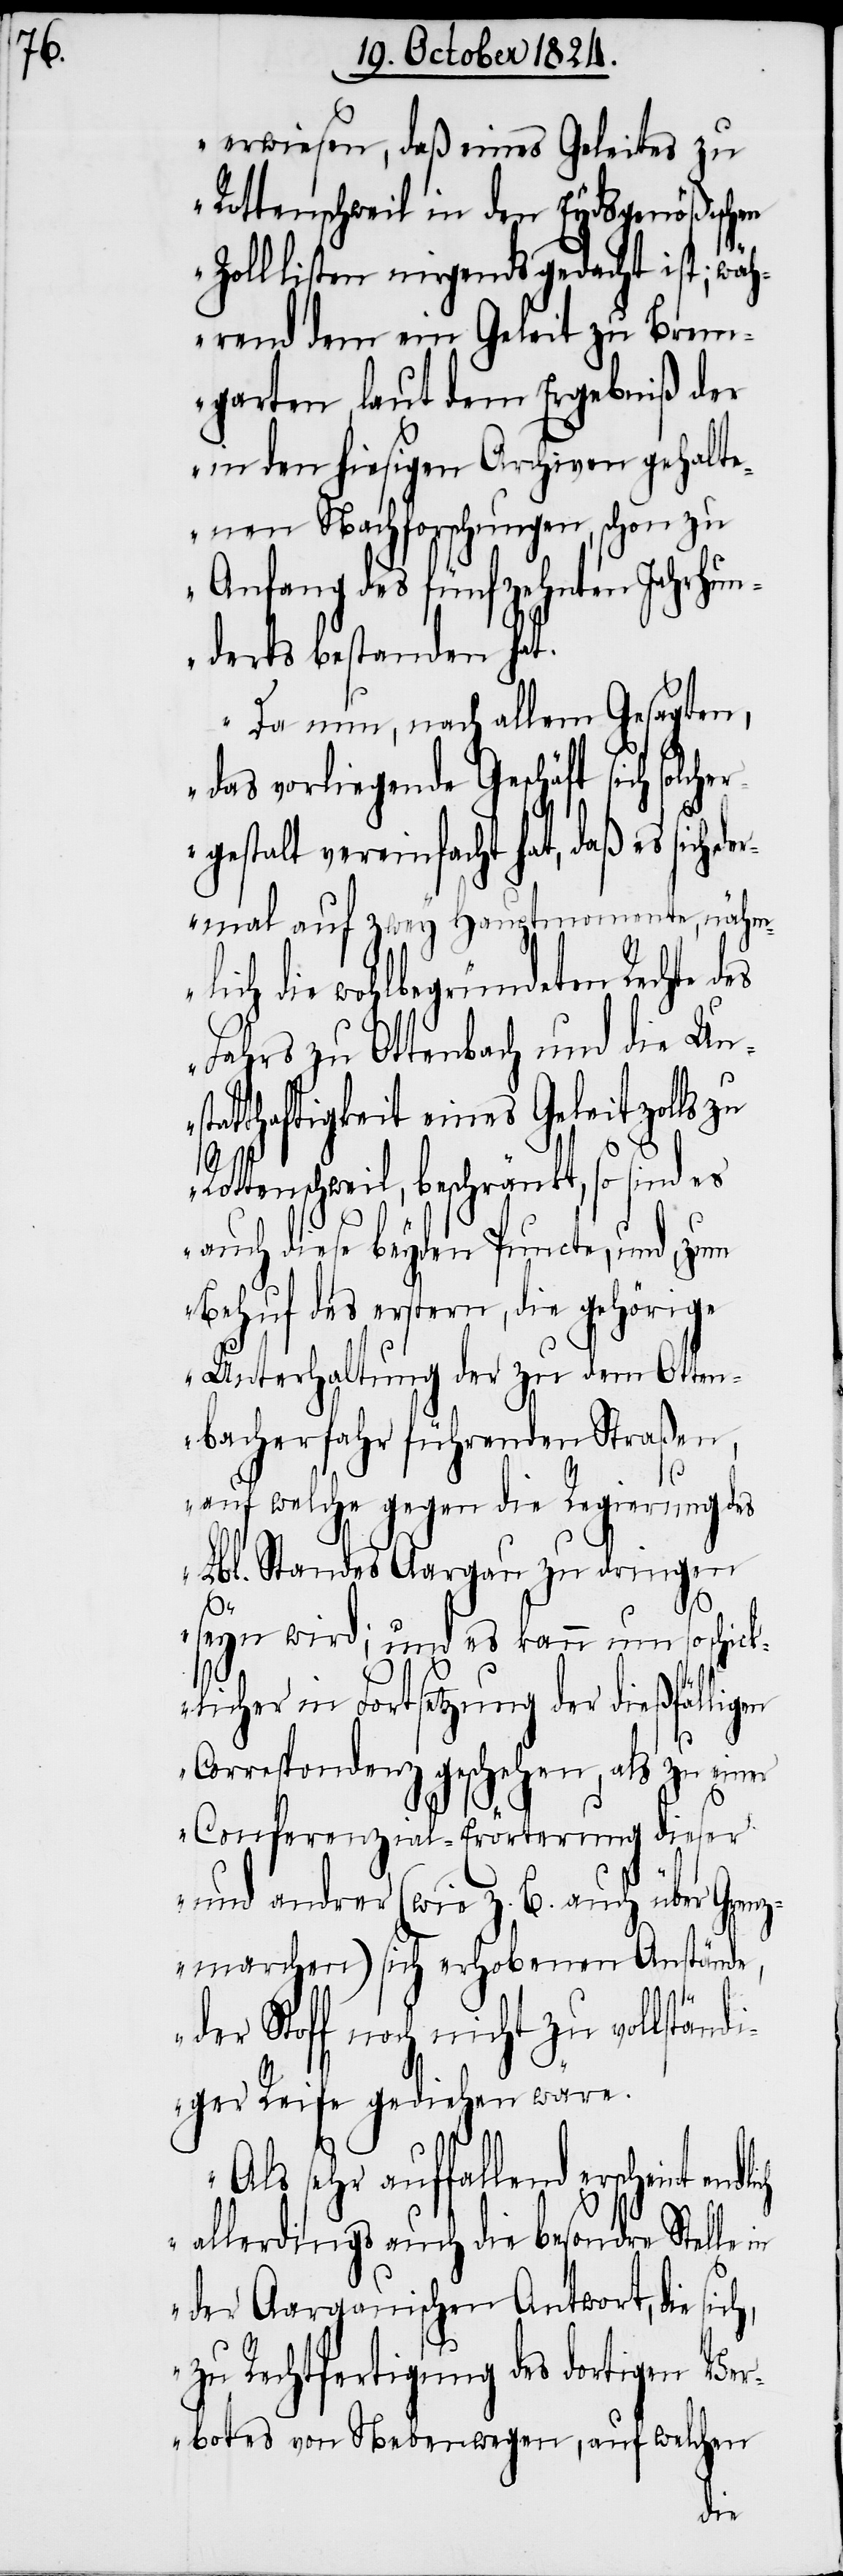
erwiesen, daß eines Geleites zu
Rottenschweil in den Eydsgenößischen
des
Zolllisten nirgends gedacht ist; wäh¬
rend dem ein Geleit zu Brem¬
garten, laut dem Ergebniß der
in den hiesigen Archiven gehalt¬
enen Nachforschungen, schon zu
Anfang des fünfzehnten Jahrhun¬
derts bestanden hat.
Da nun, nach allem Gesagten,
das vorliegende Geschäft sich solch¬
gestalt vereinfacht hat, daß es sich
dermal auf zwey Hauptmomente, nähm¬
lich die wohlbegründeten Rechte
Fahrs zu Ottenbach und die Uns¬
tatthaftigkeit eines Geleitzolls zu
Rottenschweil, beschränkt, so sind es
auch diese beyden Puncte, und zum
Behuf des erstern, die gehörige
Unterhaltung der zu dem Otten¬
bacherfahr führenden Straßen,
auf welche gegen die Regierung des
Lbl. Standes Aargau zu dringen
h,
seyn wird, und es kann um so schick¬
licher in Fortsetzung der dießfällien
Correspondenz geschehen, als zu einer
Conferenzial-Erörterung dieser
und andrer (wie z. B. auch über Grenz¬
marchen) sich erhobenen Anstände,
der Stoff noch nicht zu vollständ¬
iger Reife gediehen wäre.
Als sehr auffallend erscheint
allerdings auch die besondre Stelle
der Aargauischen Antwort, die sic¬
zu Rechtfertigung des dortigen Ver¬
botes von Nebenwegen, auf welchen